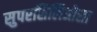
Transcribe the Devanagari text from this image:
सुपरसिलिओसा